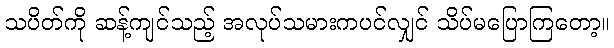
သပိတ်ကို ဆန့်ကျင်သည့် အလုပ်သမားကပင်လျှင် သိပ်မပြောကြတော့။